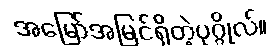
အမြော်အမြင်ရှိတဲ့ပုဂ္ဂိုလ်။